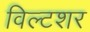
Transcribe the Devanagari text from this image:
विल्टशर